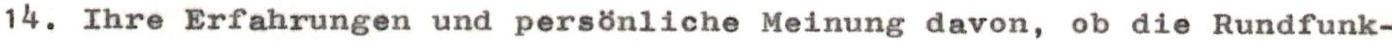
14. Ihre Erfahrungen und persönliche Meinung davon, ob die Rundfunk-